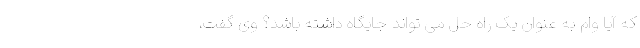
که آیا وام به عنوان یک راه حل می تواند جایگاه داشته باشد؟ وی گفت،